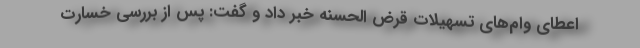
اعطای وام‌های تسهیلات قرض الحسنه خبر داد و گفت: پس از بررسی خسارت